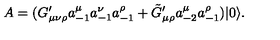
A = ( G _ { \mu \nu \rho } ^ { \prime } a _ { - 1 } ^ { \mu } a _ { - 1 } ^ { \nu } a _ { - 1 } ^ { \rho } + \tilde { G } _ { \mu \rho } ^ { \prime } a _ { - 2 } ^ { \mu } a _ { - 1 } ^ { \rho } ) | 0 \rangle .